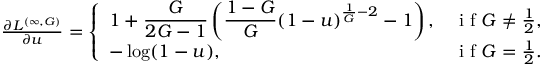
\begin{array} { r } { \frac { \partial L ^ { ( \infty , G ) } } { \partial u } = \left\{ \begin{array} { l l } { \displaystyle 1 + \frac { G } { 2 G - 1 } \left( \frac { 1 - G } { G } ( 1 - u ) ^ { \frac { 1 } { G } - 2 } - 1 \right) , } & { \mathrm { ~ i ~ f ~ } G \neq \frac { 1 } { 2 } , } \\ { \displaystyle - \log ( 1 - u ) , } & { \mathrm { ~ i ~ f ~ } G = \frac { 1 } { 2 } . } \end{array} \right. } \end{array}